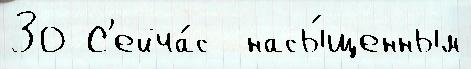
30 С'ейча́с  насы́щенным